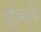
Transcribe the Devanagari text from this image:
फुळे